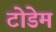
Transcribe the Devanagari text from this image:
टोडेम